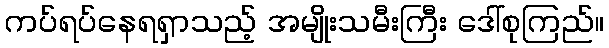
ကပ်ရပ်နေရရှာသည့် အမျိုးသမီးကြီး ဒေါ်စုကြည်။